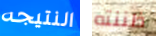
النتيجه ظننته